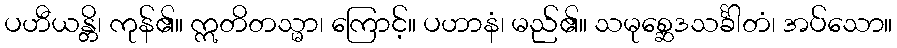
ပဟီယန္တိ၊ ကုန်၏။ ဣတိတသ္မာ၊ ကြောင့်။ ပဟာနံ၊ မည်၏။ သမုစ္ဆေဒသင်္ခါတံ၊ အပ်သော။